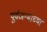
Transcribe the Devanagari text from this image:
पूर्वजन्माच्या